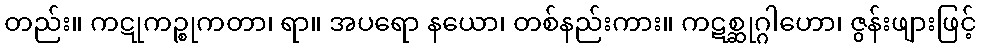
တည်း။ ကဋုကဉ္စုကတာ၊ ရာ။ အပရော နယော၊ တစ်နည်းကား။ ကဋစ္ဆုဂ္ဂါဟော၊ ဇွန်းဖျားဖြင့်